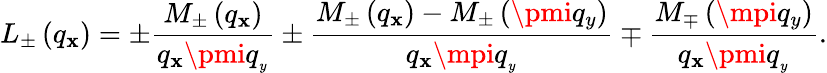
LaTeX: {{L}_{\pm}}\left({{q}_{\mathbf{x}}}\right)=\pm\frac{{{{M}_{\pm}}\left({{q}_{\mathbf{x}}}\right)}}{{{{q}_{\mathbf{x}}}\pmi{{q}_{_{y}}}}}\pm\frac{{{{M}_{\pm}}\left({{q}_{\mathbf{x}}}\right)-{{M}_{\pm}}\left(\pmi{{q}_{y}}\right)}}{{{{q}_{\mathbf{x}}}\mpi{{q}_{_{y}}}}}\mp\frac{{{{M}_{\mp}}\left(\mpi{{q}_{y}}\right)}}{{{{q}_{\mathbf{x}}}\pmi{{q}_{_{y}}}}}.